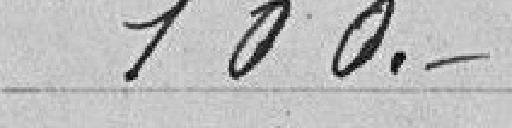
100.